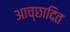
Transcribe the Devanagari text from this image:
आच्‍छादित